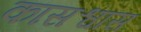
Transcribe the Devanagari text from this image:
कासश्वास